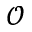
\mathcal { O }